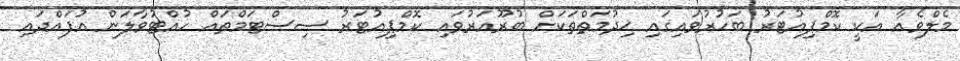
މެލްވެއާ އަކީ ކޮމްޕިއުޓަރު ބަހުރުވައިގައި ޚިދުމަތްތަކަށް ބުރޫއަރުވައި ކޮމްޕިއުޓަރު ސިސްޓަމްތައް ހުއްޓުވާލަން އުފައްދައި